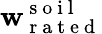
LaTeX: \mathbf{w}_{\mathrm{{~r~a~t~e~d~}}}^{\mathrm{{~s~o~i~l~}}}